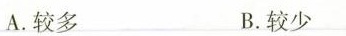
A.较多 B.较少